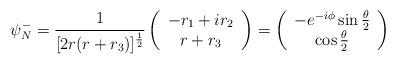
LaTeX: \begin{align*}\psi^-_N=\frac{1}{[2r(r+r_3)]^{\frac{1}{2}}}\left( \begin{array}{c}-r_1+ir_2 \\ r+r_3 \end{array} \right ) = \left( \begin{array}{c}-e^{-i\phi}\sin\frac{\theta}{2} \\ \cos\frac{\theta}{2} \end{array}\right ) \end{align*}